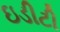
ઇડીટી